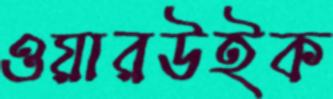
ওয়ারউইক